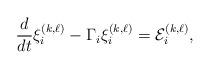
LaTeX: \begin{align*} \frac{d}{dt} \xi^{(k,\ell)}_{i}-\Gamma_i \xi^{(k,\ell)}_{i } =\mathcal{E}^{(k,\ell)}_{i }, \end{align*}